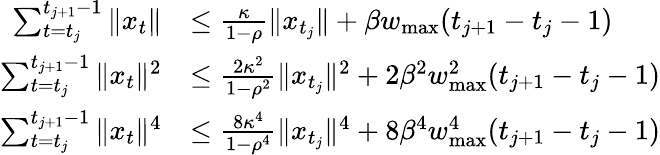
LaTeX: \begin{array}{rl}{\sum_{t=t_{j}}^{t_{j+1}-1}\| x_{t}\| }&{\leq\frac{\kappa}{1-\rho}\| x_{t_{j}}\| +\beta w_{\operatorname*{max}}(t_{j+1}-t_{j}-1)}\\ {\sum_{t=t_{j}}^{t_{j+1}-1}\| x_{t}\| ^{2}}&{\leq\frac{2\kappa^{2}}{1-\rho^{2}}\| x_{t_{j}}\| ^{2}+2\beta^{2}w_{\operatorname*{max}}^{2}(t_{j+1}-t_{j}-1)}\\ {\sum_{t=t_{j}}^{t_{j+1}-1}\| x_{t}\| ^{4}}&{\leq\frac{8\kappa^{4}}{1-\rho^{4}}\| x_{t_{j}}\| ^{4}+8\beta^{4}w_{\operatorname*{max}}^{4}(t_{j+1}-t_{j}-1)}\end{array}